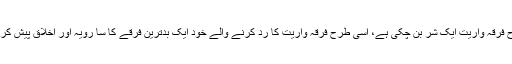
جس طرح فرقہ واریت ایک شر بن چکی ہے، اسی طرح فرقہ واریت کا رد کرنے والے خود ایک بدترین فرقے کا سا رویہ اور اخلاق پیش کررہے ہیں۔